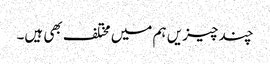
چند چیزیں ہم میں مختلف بھی ہیں۔